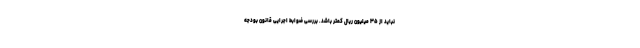
نباید از ۳۵ میلیون ریال کمتر باشد. بررسی ضوابط اجرایی قانون بودجه